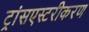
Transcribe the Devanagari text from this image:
ट्रांसएस्टरीकरण